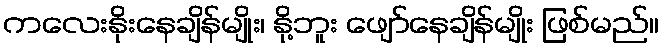
ကလေးနိုးနေချိန်မျိုး၊ နို့ဘူး ဖျော်နေချိန်မျိုး ဖြစ်မည်။